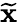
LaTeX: \widetilde{\mathbf{x}}